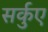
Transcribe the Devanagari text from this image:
सर्कुए